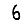
Digit: 6